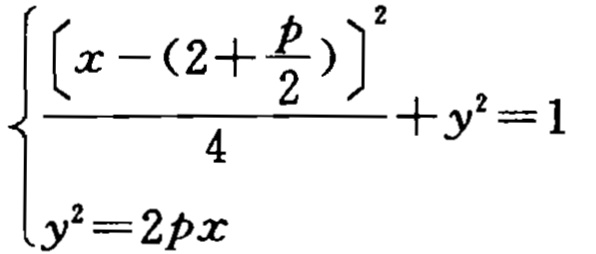
$\left\{\begin{array}{l}
\frac{\left[x-\left(2+\frac{p}{2}\right)\right]^{2}}{4}+y^{2}=1\\
y^{2}=2 p x
\end{array}\right.$